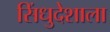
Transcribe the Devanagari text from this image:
सिंधुदेशाला